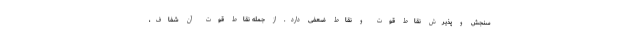
سنجش و پذیرش نقاط قوت و نقاط ضعفی دارد. از جمله نقاط قوت آن شفاف،